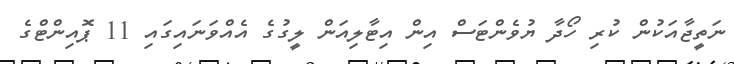
ނަތީޖާއަކުން ކުރި ހޯދާ ޔުވެންޓަސް އިން އިޓާލިއަން ލީގުގެ އެއްވަނައިގައި 11 ޕޮއިންޓްގެ